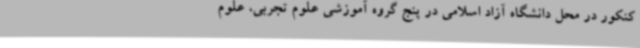
کنکور در محل دانشگاه آزاد اسلامی در پنج گروه آموزشی علوم تجربی، علوم